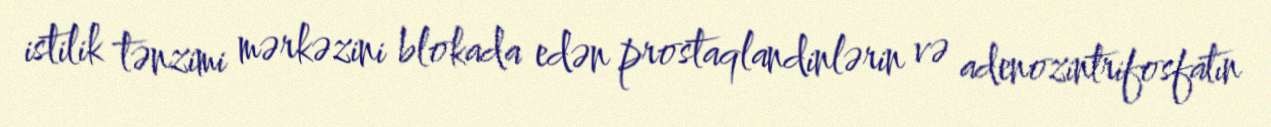
istilik tənzimi mərkəzini blokada edən prostaqlandinlərin və adenozintrifosfatın